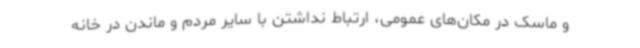
و ماسک در مکان‌های عمومی، ارتباط نداشتن با سایر مردم و ماندن در خانه